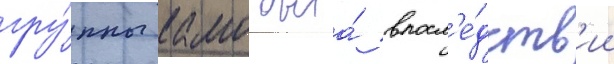
гру́ппы камо была́ впосл'е́дств'ии